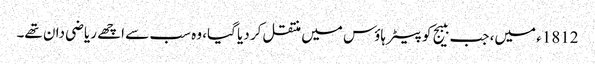
1812ء میں، جب ببیج کو پیٹر ہاؤس میں منتقل کر دیا گیا، وہ سب سے اچھے ریاضی دان تھے۔